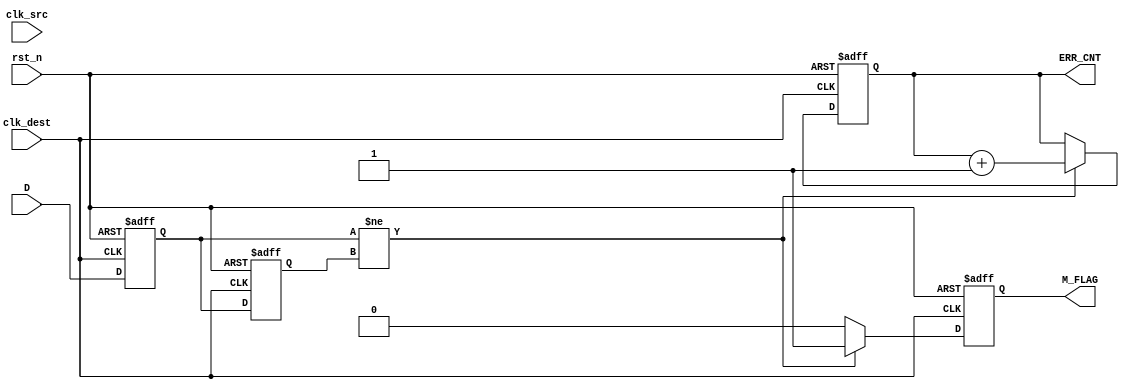
module cdc_detector (
    input wire clk_src,          // Source clock
    input wire clk_dest,         // Destination clock
    input wire rst_n,            // Asynchronous reset (active low)
    input wire D,                // Data signal to monitor
    output reg M_FLAG,           // Metastability flag
    output reg [31:0] ERR_CNT    // Error counter
);

    reg Q1, Q2;                  // Flip-flops to sample data signal

    // Asynchronous reset and sampling logic
    always @(posedge clk_dest or negedge rst_n) begin
        if (!rst_n) begin
            Q1 <= 1'b0;          // Initialize FF1 output
            Q2 <= 1'b0;          // Initialize FF2 output
            M_FLAG <= 1'b0;      // Clear metastability flag
            ERR_CNT <= 32'b0;    // Clear error counter
        end else begin
            Q1 <= D;              // Sample data signal D
            Q2 <= Q1;             // Sample output of FF1
            // Metastability detection logic
            if (Q1 != Q2) begin
                M_FLAG <= 1'b1;   // Set metastability flag
                ERR_CNT <= ERR_CNT + 1; // Increment error counter
            end else begin
                M_FLAG <= 1'b0;   // Clear metastability flag
            end
        end
    end

endmodule